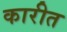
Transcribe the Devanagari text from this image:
कारीत